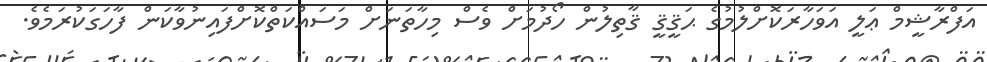
އަފްރާޝީމް ޢަލީ އަވަހާރަކޮށްލުމުގެ ޙަޤީޤީ ޤާތިލުން ހޯދުމަށް ވެސް މިހާތަނަށް މަސައްކަތްކޮށްފައިނުވާކަން ފާހަގަކުރަމެވެ.